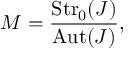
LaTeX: { \cal M } = { \frac { \mathrm { S t r } _ { 0 } ( J ) } { \mathrm { A u t } ( J ) } } ,